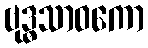
ဗုဒ္ဓသာဝကော